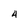
Character: 4